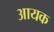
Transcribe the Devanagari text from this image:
आयक